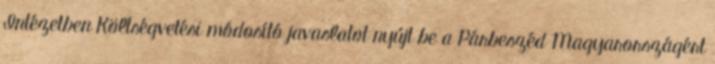
Intézetben Költségvetési módosító javaslatot nyújt be a Párbeszéd Magyarországért